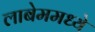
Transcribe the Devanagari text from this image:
लाबेममध्ये